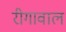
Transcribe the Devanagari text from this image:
रीगावाल